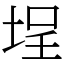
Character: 埕